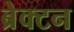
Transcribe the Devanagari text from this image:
ब्रेक्टन